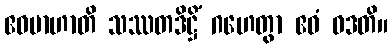
ဧဝမာဟာတိ သဿတဒိဋ္ဌိံ ဂဟေတွာ ဧဝံ ဝဒတိ။